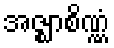
အဇ္ဈာစိဏ္ဏံ